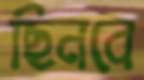
ছিনবে